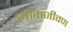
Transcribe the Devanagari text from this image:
लोकजीवण